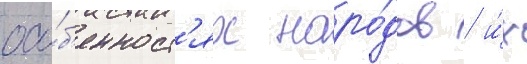
осо́б'енност'ях наро́дов / и́х